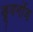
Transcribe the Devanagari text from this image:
डूवर्नोय